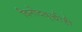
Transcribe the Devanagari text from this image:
विनोदबुद्धीही